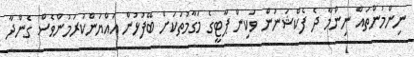
ނިންމުންތައް ނިންމާ ދެ ފެކްޝަނުން ވަކިން ޕާޓީގެ މަގާމުތަކަށް ބޭފުޅުން އައްޔަންކުރަމުންވެސް ގެންދާ